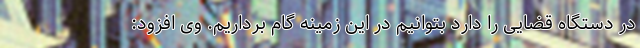
در دستگاه قضایی را دارد بتوانیم در این زمینه گام برداریم. وی افزود: